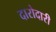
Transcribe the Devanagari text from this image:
दारोदारी